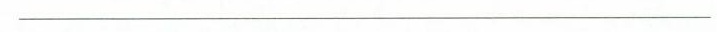
___